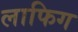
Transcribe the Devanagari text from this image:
लाफिग